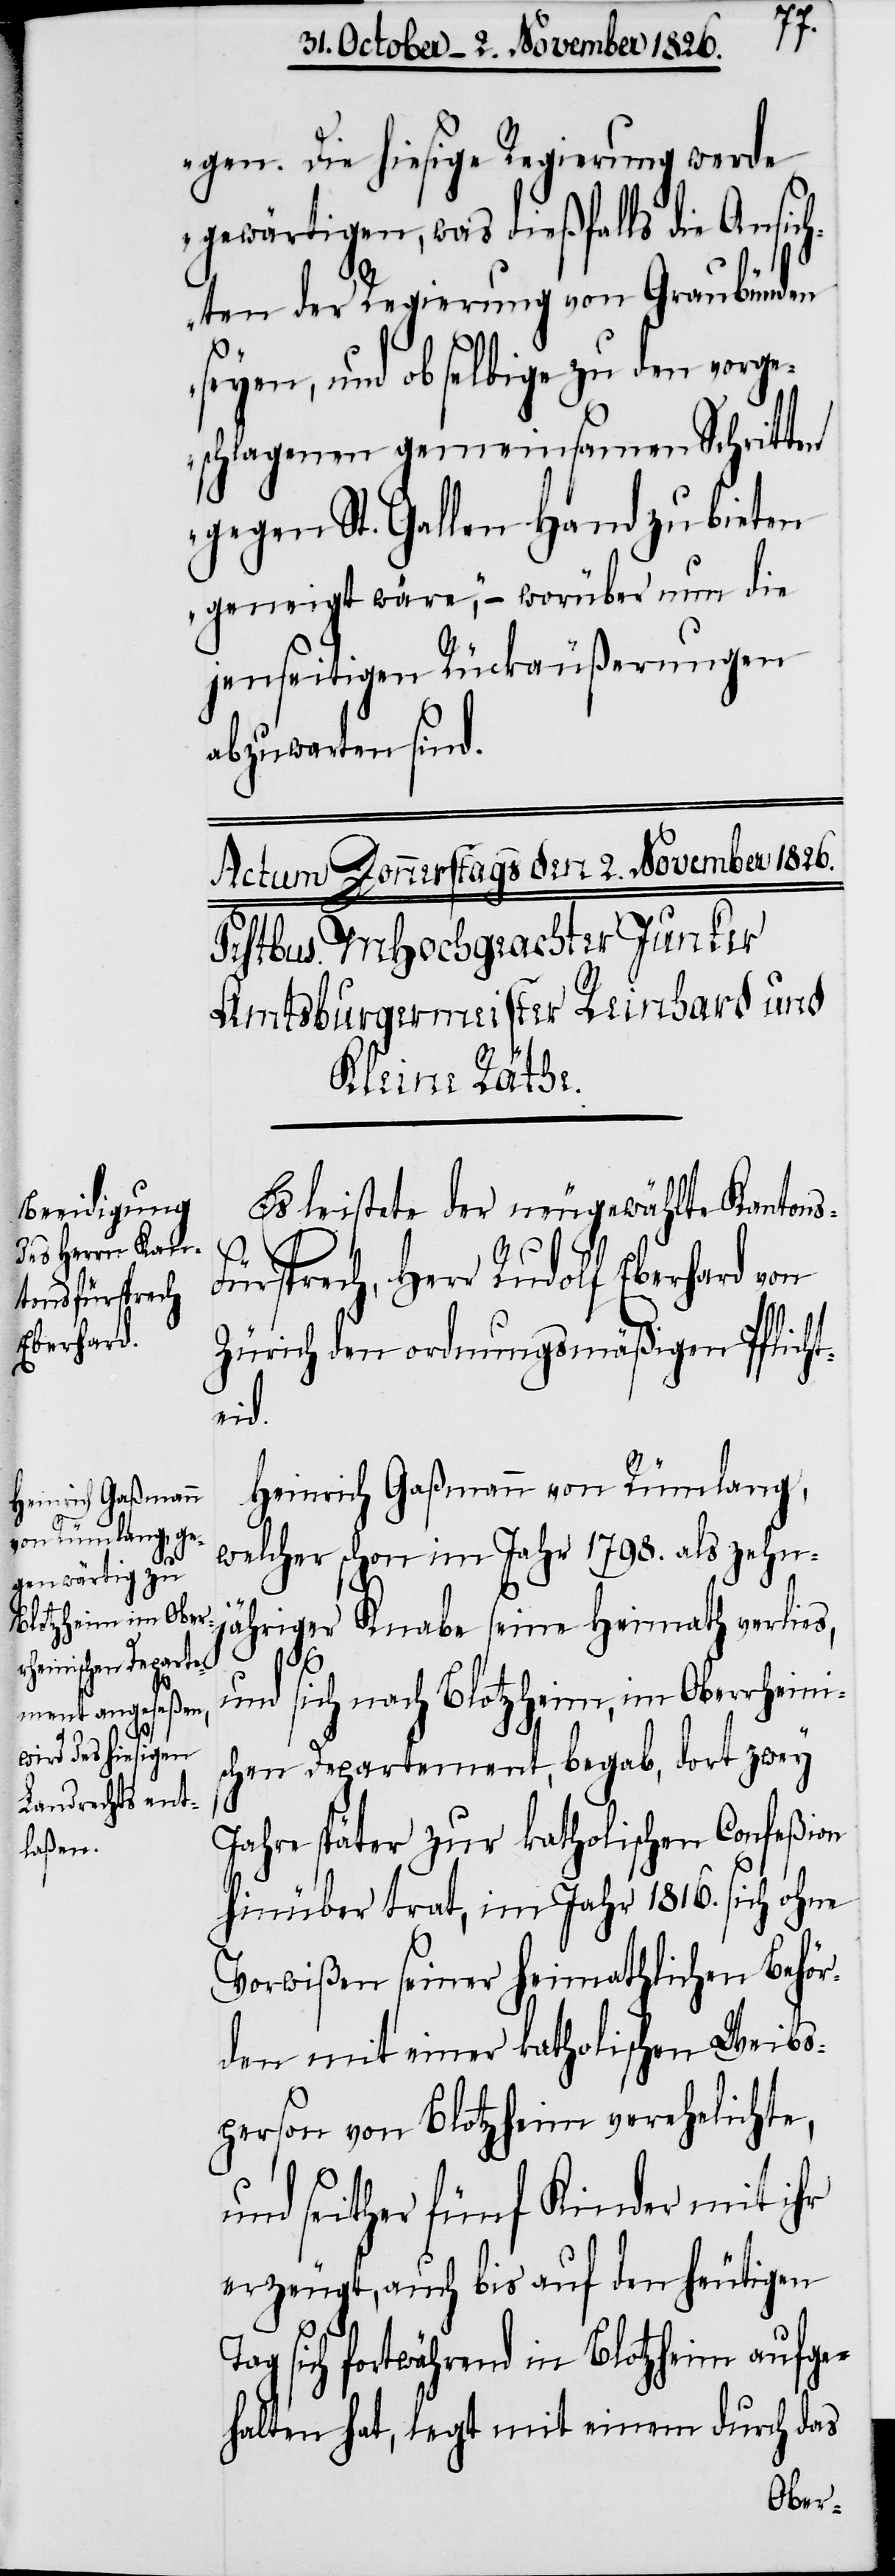
gen. Die hiesige Regierung werde
gewärtigen, was dießfalls die Ansich¬
ten der Regierung von Graubünden
seyen, und ob selbige zu den vorge¬
schlagenen gemeinsamen Schritten
gegen St. Gallen Hand zu bieten
geneigt wäre,“ – worüber nun die
jenseitigen Rückäußerungen
abzuwarten sind.
Es leistete der neugewählte Kanton¬
s-Fürsprech, Herr Rudolf Eberhard von
Zürich den ordnungsmäßigen Pflicht¬
eid.
Heinrich Gaßmann von Rümlang,
welcher schon im Jahr 1798. als zehn¬
jähriger Knabe seine Heimath verlies,
sich nach Blotzheim, im Oberrheini¬
und
schen Departement, begab, dort zwey
Jahre später zur katholischen Confeßion
hinüber trat, im Jahr 1816. sich ohne
Vorwißen seiner heimathlichen Behör¬
den mit einer katholischen Weibs¬
person von Blotzheim verehelichte
und seither fünf Kinder mit ihr
erzeugt, auch bis auf den heutigen
Tag sich fortwährend in Blotzheim aufge¬
halten hat, legt mit einem durch das